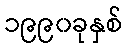
၁၉၉၀ခုနှစ်